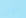
دوبي